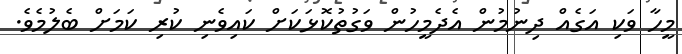
މީހާ ވަކި އަގެއް ދިނުމުން އެދެމީހުން ވަގުތުކޮޅަކަށް ކައިވެނި ކުރި ކަމަށް ބެލުމެވެ.